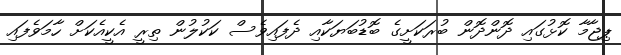
ޕިޖާމާ ކޮޅުގައި ދޮންދޮން ބުރަކަށީގެ ބޮޑުބަޔަކާއި ދެފައިވެސް ކަކުލުން ތިރީ އެކީއެކަށް ހާމަވެފައި